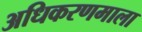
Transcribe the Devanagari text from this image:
अधिकरणमाला